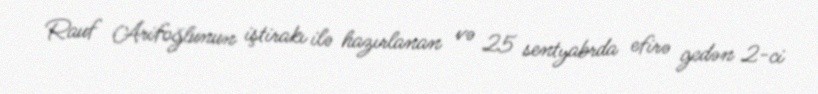
Rauf Arifoğlunun iştirakı ilə hazırlanan və 25 sentyabrda efirə gedən 2-ci